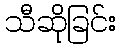
သီဆိုခြင်း